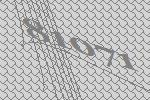
81071